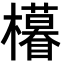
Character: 𣟟